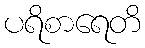
ပရိစာရေတိ